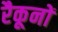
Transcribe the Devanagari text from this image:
रैकूनों